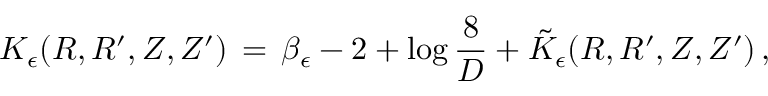
K _ { \epsilon } ( R , R ^ { \prime } , Z , Z ^ { \prime } ) \, = \, \beta _ { \epsilon } - 2 + \log \frac { 8 } { D } + \tilde { K } _ { \epsilon } ( R , R ^ { \prime } , Z , Z ^ { \prime } ) \, ,